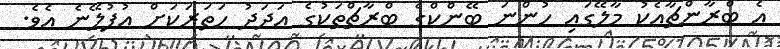
އެ ބްރާންޗާއެކު މާލޭގައި ހުންނަ ބޭންކްގެ ބްރާޗްތަކުގެ އަދަދު ހަތަރަކަށް އުފުލޭނެ އެވެ.